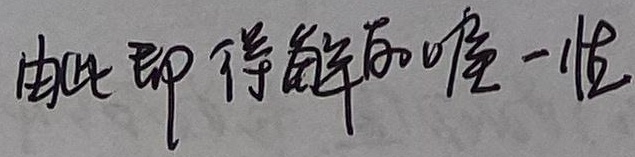
由此即得解的唯一性